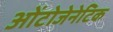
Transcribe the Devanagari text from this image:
ओंटोजेनेटिक